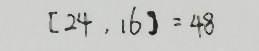
[ 2 4 , 1 6 ] = 4 8